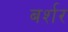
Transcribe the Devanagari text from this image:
बर्शर